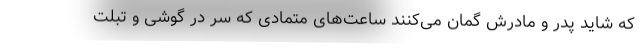
که شاید پدر و مادرش گمان می‌کنند ساعت‌های متمادی که سر در گوشی و تبلت